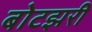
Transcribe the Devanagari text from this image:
बोटझरी